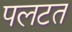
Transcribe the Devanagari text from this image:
पलटत